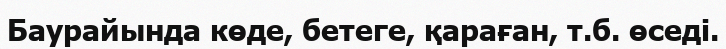
Баурайында көде, бетеге, қараған, т.б. өседі.